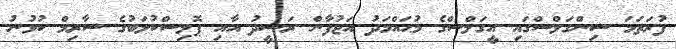
ފުރަތަމަ ސިންގަލްސްގައި އީގަލްސްގެ މުޙައްމަދު އަޖުފާން ރަޝީދު އާއި ޕޮލިސްކުލަބުގެ ސާރިމް ކުޅުނު